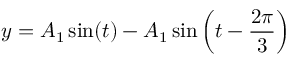
y = A _ { 1 } \sin ( t ) - A _ { 1 } \sin \left( t - { \frac { 2 \pi } { 3 } } \right)